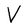
Character: V